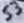
Text: S3